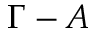
\Gamma - A